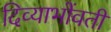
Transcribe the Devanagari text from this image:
दिव्याभोंवती